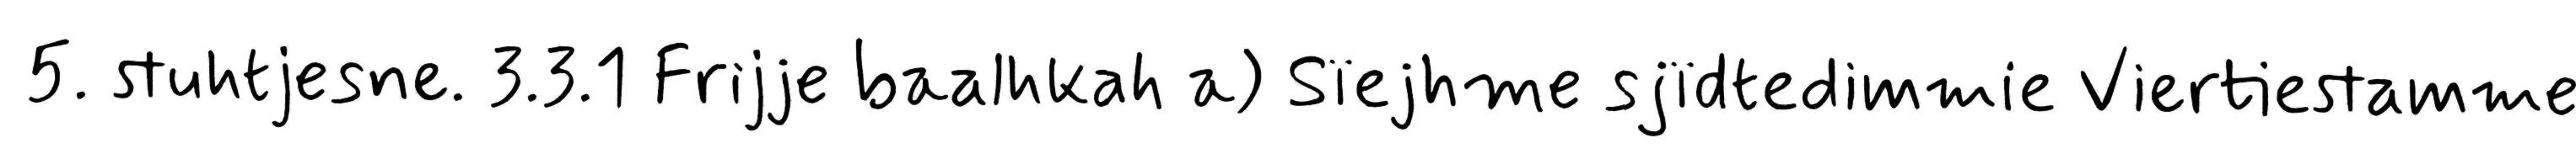
5. stuhtjesne. 3.3.1 Frijje baalhkah a) Sïejhme sjïdtedimmie Viertiestamme